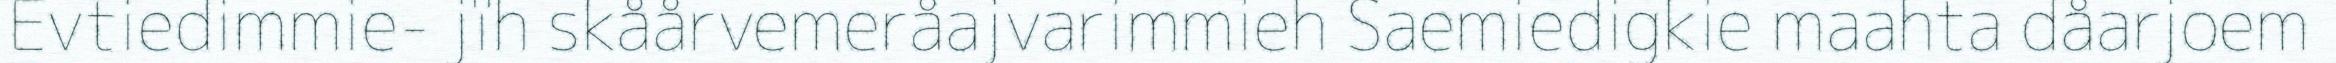
Evtiedimmie- jïh skåårvemeråajvarimmieh Saemiedigkie maahta dåarjoem